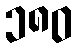
၁၈၀